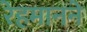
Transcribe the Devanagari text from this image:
रेहमानने